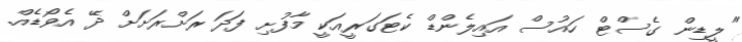
"ލީޑިން ގެސްޓް ހައުސް އައިލެންޑް ކެޓަގަރީއަކީ މާފުށި ފަދަ ރަށްރަށަށް ދޭ އެވޯޑެއް.